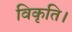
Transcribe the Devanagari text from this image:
विकृति।